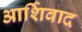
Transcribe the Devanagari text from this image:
आर्शिवाद